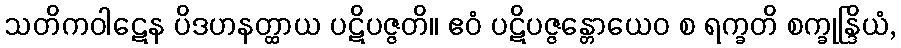
သတိကဝါဋေန ပိဒဟနတ္ထာယ ပဋိပဇ္ဇတိ။ ဧဝံ ပဋိပဇ္ဇန္တောယေဝ စ ရက္ခတိ စက္ခုန္ဒြိယံ,